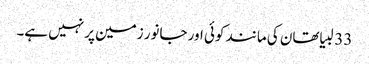
33 لبیا تھان کی مانند کوئی اور جانور زمین پر نہیں ہے۔